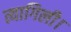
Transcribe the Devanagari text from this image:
त्यागिली।